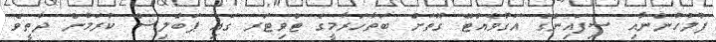
ފުލުހުންނާއި ސިފައިންގެ އަގުވެއްޓޭ ގޮތަށް ބަތާހަރާމީގެ ޓްވިޓަރ ގައި ޕަބްލިޝް ކުރަމުން ދާތީވެ